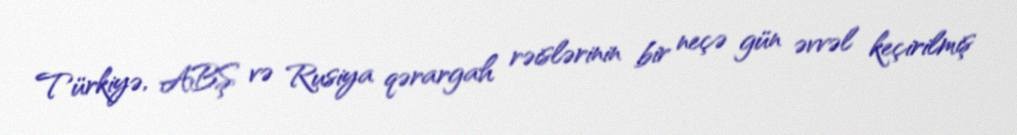
Türkiyə, ABŞ və Rusiya qərargah rəislərinin bir neçə gün əvvəl keçirilmiş